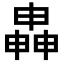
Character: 𬏍